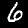
Label: 6